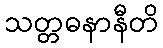
သတ္တဓနာနီတိ